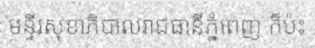
មន្ទីរសុខាភិបាលរាជធានីភ្នំពេញ ក៏ប៉ះ